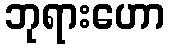
ဘုရားဟော